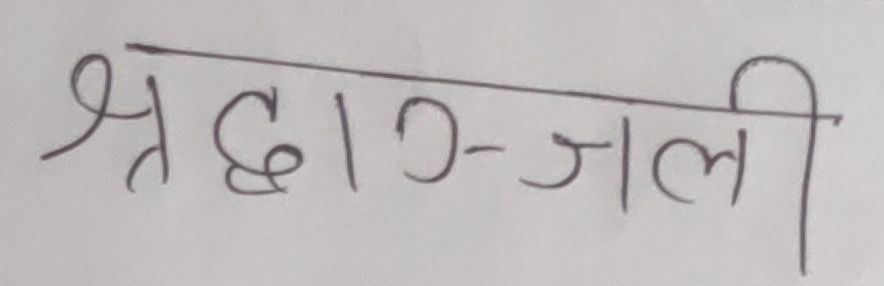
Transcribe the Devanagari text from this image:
श्रद्धाञ्जलि